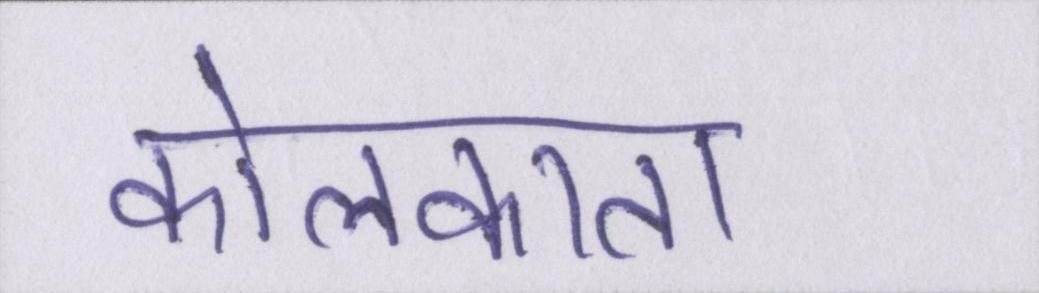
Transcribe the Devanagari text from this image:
कोलकाता